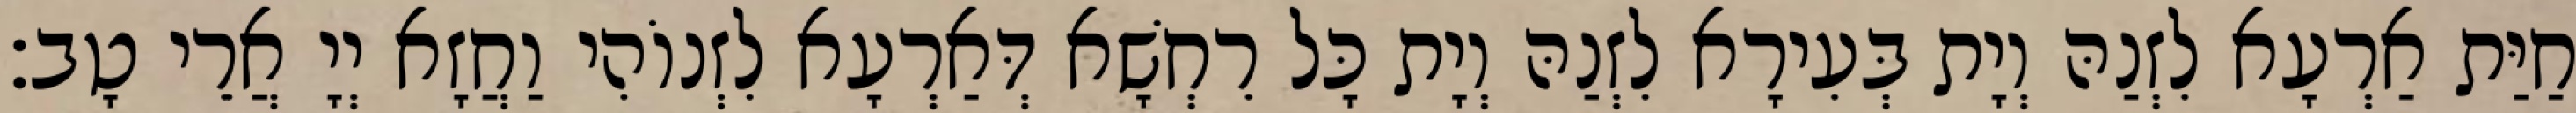
חַיַּת אַרְעָא לִזְנַהּ וְיָת בְּעִירָא לִזְנַהּ וְיָת כָּל רִחְשָׁא דְּאַרְעָא לִזְנוֹהִי וַחֲזָא יְיָ אֲרֵי טָב׃